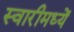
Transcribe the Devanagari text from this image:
स्वारीमध्यें